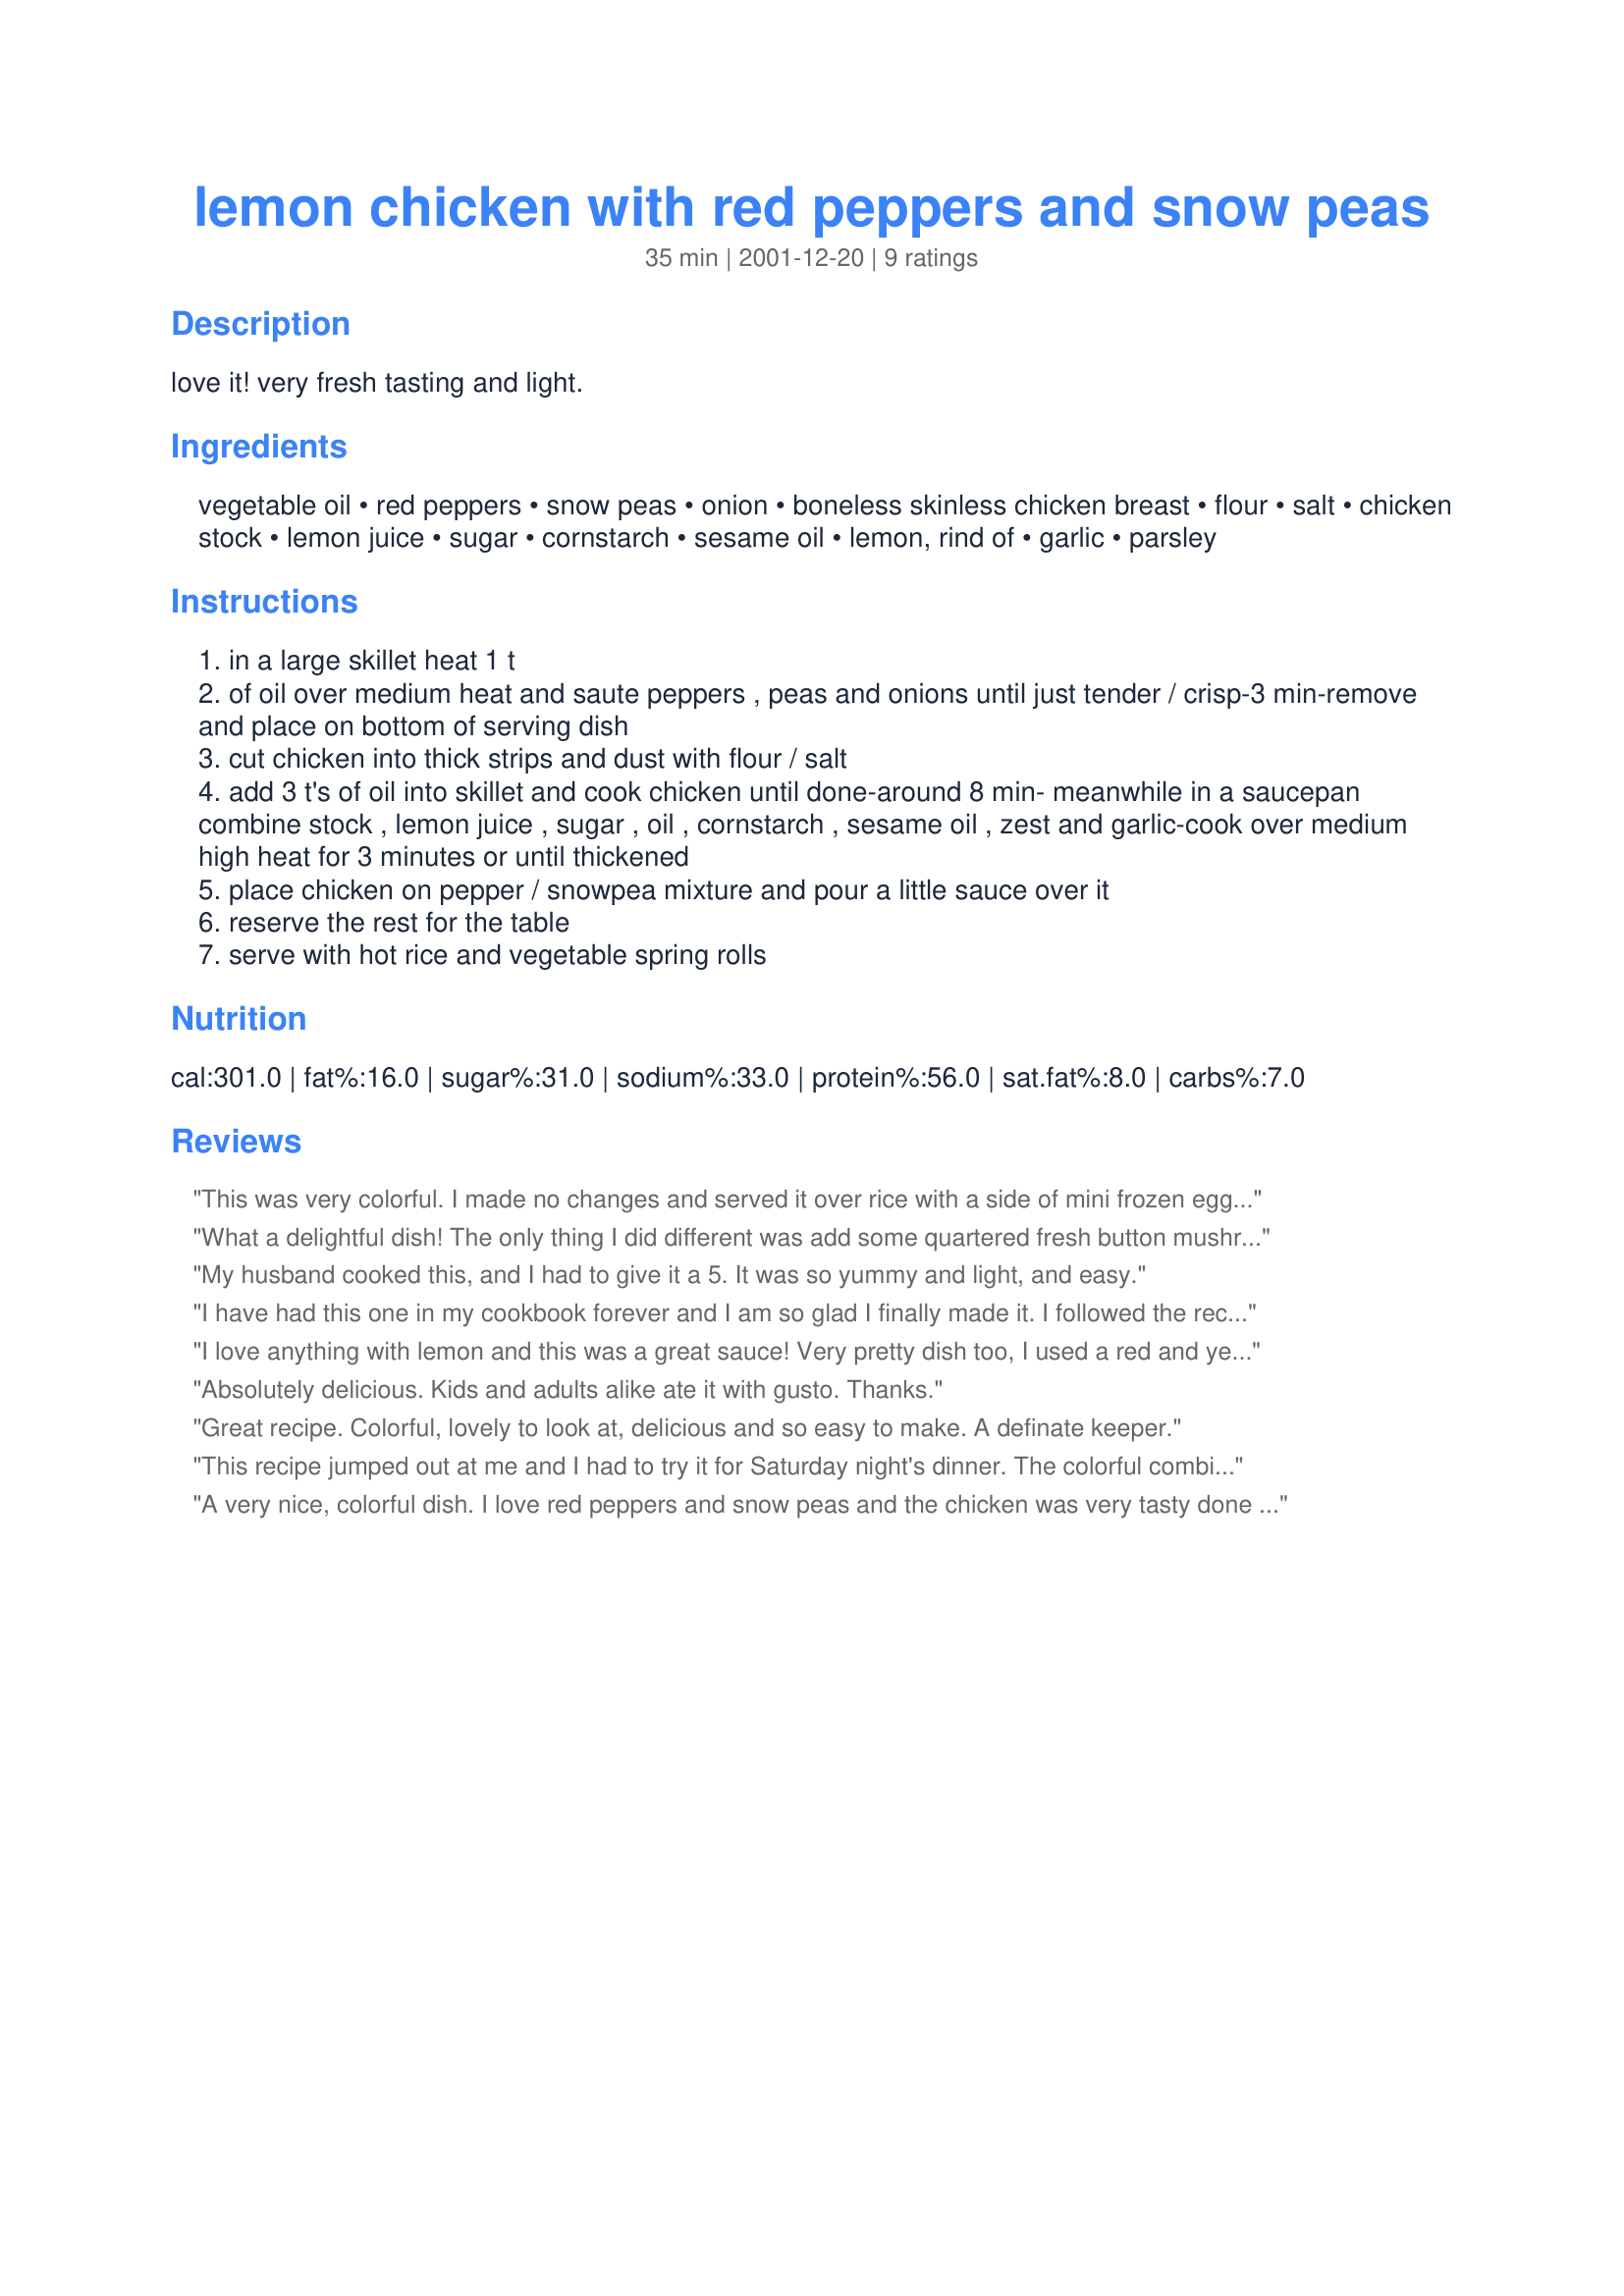
lemon chicken with red peppers and snow peas
Preparation time: 35 minutes

love it! very fresh tasting and light.

Ingredients:
vegetable oil, red peppers, snow peas, onion, boneless skinless chicken breast, flour, salt, chicken stock, lemon juice, sugar, cornstarch, sesame oil, lemon, rind of, garlic, parsley

Steps:
in a large skillet heat 1 t
of oil over medium heat and saute peppers , peas and onions until just tender / crisp-3 min-remove and place on bottom of serving dish
cut chicken into thick strips and dust with flour / salt
add 3 t's of oil into skillet and cook chicken until done-around 8 min- meanwhile in a saucepan combine stock , lemon juice , sugar , oil , cornstarch , sesame oil , zest and garlic-cook over medium high heat for 3 minutes or until thickened
place chicken on pepper / snowpea mixture and pour a little sauce over it
reserve the rest for the table
serve with hot rice and vegetable spring rolls

Reviews:
This was very colorful. I made no changes and served it over rice with a side of mini frozen eggrolls. I think maybe ginger would be an interesting addition too. Thanks for a quick, nutritious week night supper!
What a delightful dish! The only thing I did different was add some quartered fresh button mushrooms...otherwise it was all yours. I served it over jasmine rice. Very easy to prepare, looked fantastic, and tasted even better!! I agree that it is very light and fresh tasting. Would make for a really nice dinner on the patio on a warm summer night. Thanks for this great recipe :)
My husband cooked this, and I had to give it a 5. It was so yummy and light, and easy.
I have had this one in my cookbook forever and I am so glad I finally made it. I followed the recipe exactly, except for upping the garlic and lemon juice a little bit. It tasted a lot like something one would get in an MSG free Chinese restaurant (yes, thats a good thing!). I really loved this, especially served over some hot rice. I will definately make this again. Thanks!
I love anything with lemon and this was a great sauce! Very pretty dish too, I used a red and yellow pepper and threw in 4 oz mushrooms too. I added 1/4 tsp pepper to the flour. Great over jasmine rice. I think the sauce could use a little more flavor though....maybe ginger as another reviewer suggested or a bit more garlic or sesame oil. Thanks for posting! Made for PAC Spring 2011.
Absolutely delicious. Kids and adults alike ate it with gusto. Thanks.
Great recipe. Colorful, lovely to look at, delicious and so easy to make. A definate keeper.
This recipe jumped out at me and I had to try it for Saturday night's dinner. The colorful combination of red peppers with the snow peas made it that much more appealing. The lemon-y sauce was an excellent topping. My wife throroughly enjoyed it, and this recipe will be a regular in our home. Thanks, Diana!
A very nice, colorful dish. I love red peppers and snow peas and the chicken was very tasty done this way.
